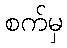
စက်မှ